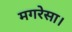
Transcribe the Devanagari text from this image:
मगरेसा।